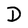
Character: D